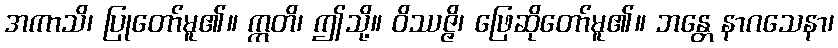
အကာသိ၊ ပြုတော်မူ၏။ ဣတိ၊ ဤသို့။ ဝိဿဇ္ဇိ၊ ဖြေဆိုတော်မူ၏။ ဘန္တေ နာဂသေနာ၊